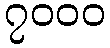
၇၀၀၀